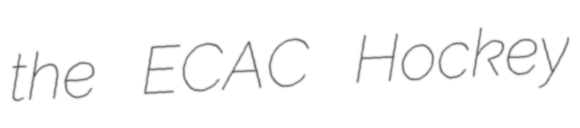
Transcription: the ECAC Hockey